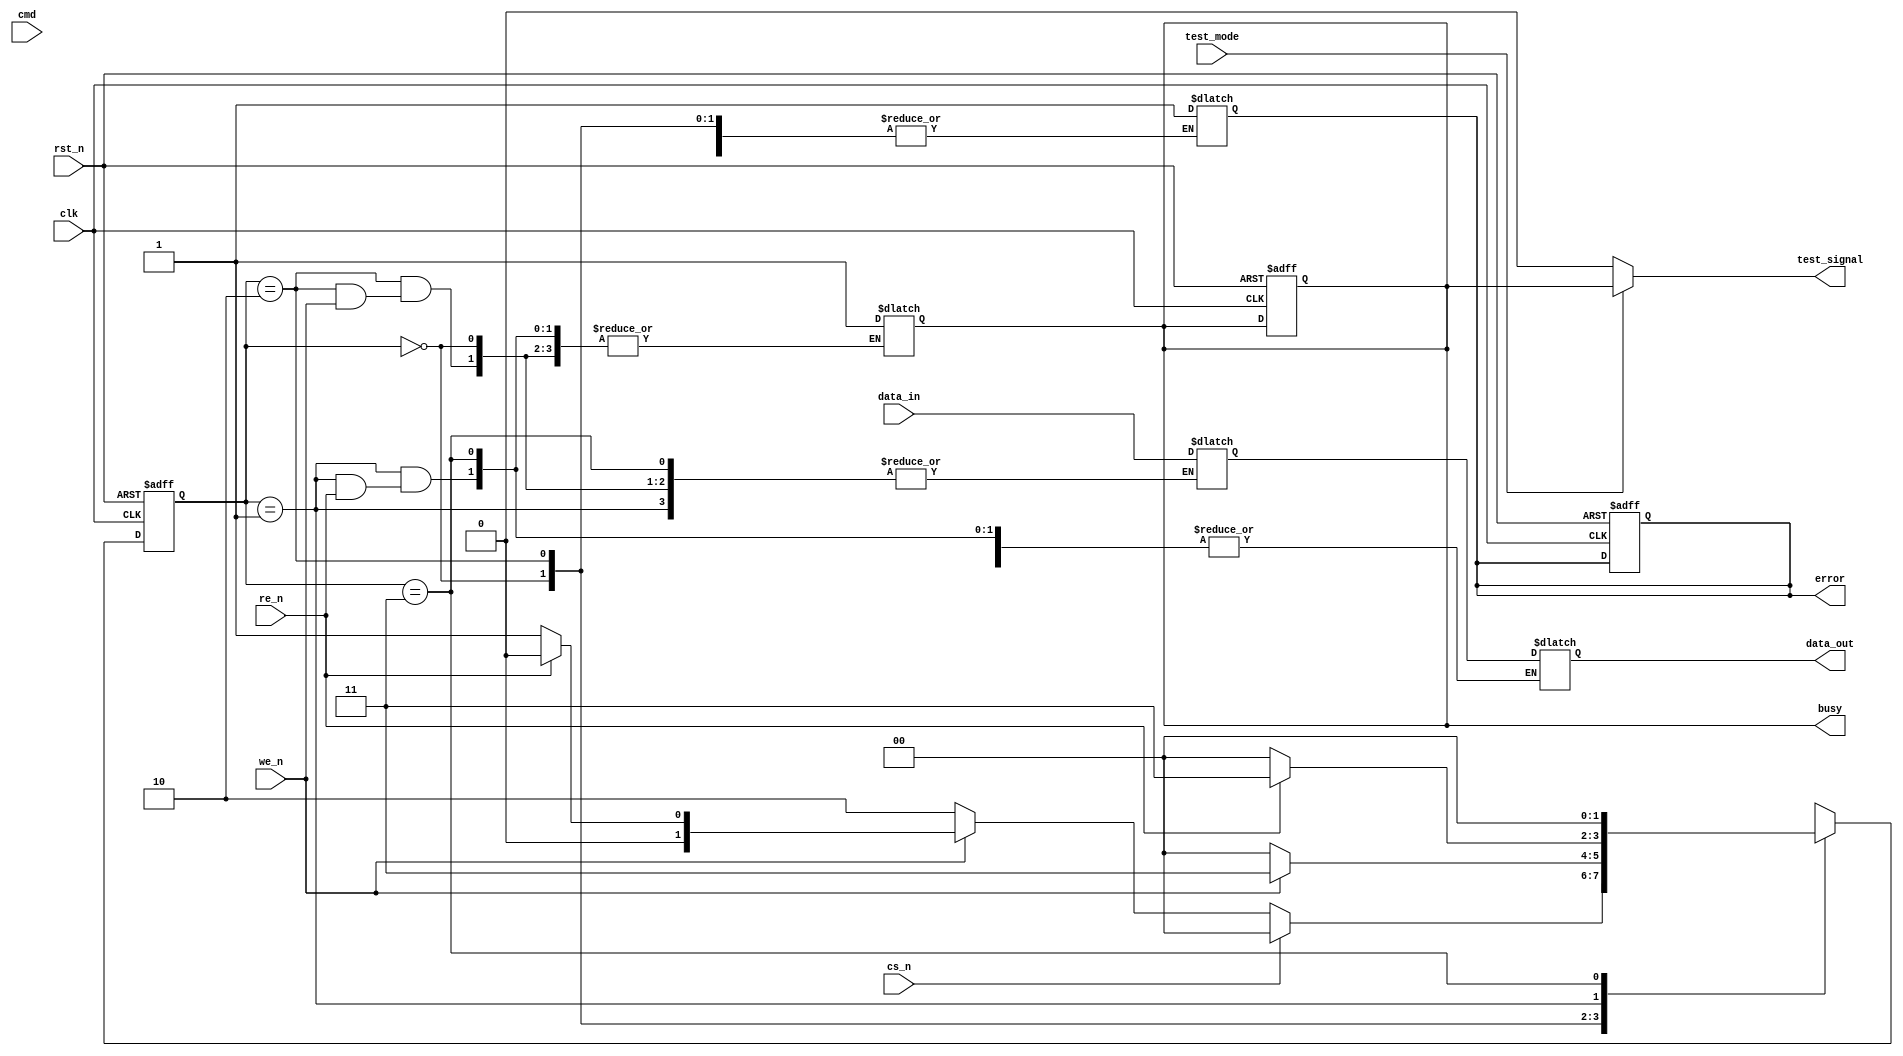
module nand_io_block (
    input wire clk,
    input wire rst_n,
    
    // NAND Flash Interface
    input wire [N-1:0] data_in,      // Data input from NAND flash
    output wire [N-1:0] data_out,     // Data output to NAND flash
    input wire cs_n,                  // Chip Select (active low)
    input wire we_n,                  // Write Enable (active low)
    input wire re_n,                  // Read Enable (active low)
    input wire cmd,                   // Command line
    
    // Status signals
    output reg busy,                  // Busy signal
    output reg error,                 // Error signal
    
    // Test Access Mechanism
    input wire test_mode,             // Test mode enable
    output wire test_signal           // Test signal for verification
);
    // Parameter Definitions
    parameter N = 8;                  // Number of data lines
    parameter IDLE = 2'b00;           // FSM states
    parameter READ = 2'b01;
    parameter WRITE = 2'b10;
    parameter ERROR = 2'b11;

    reg [1:0] state, next_state;      // FSM state registers
    reg [N-1:0] data_buffer;          // Data buffers for input/output
    reg level_shifted_signal;          // Placeholder for level shifting logic
    
    // State Machine
    always @(posedge clk or negedge rst_n) begin
        if (!rst_n) begin
            state <= IDLE;
            busy <= 1'b0;
            error <= 1'b0;
        end else begin
            state <= next_state;
        end
    end

    // Next State Logic
    always @(*) begin
        case (state)
            IDLE: begin
                if (!cs_n) begin
                    if (!we_n) begin
                        next_state = WRITE; // Transition to write
                    end else if (!re_n) begin
                        next_state = READ;  // Transition to read
                    end else begin
                        next_state = IDLE;  // Stay idle
                    end
                end else begin
                    next_state = IDLE; // Stay idle
                end
            end
            
            WRITE: begin
                if (!we_n) begin
                    data_buffer = data_in; // Capture data to buffer
                    busy = 1'b1;           // Set busy
                    next_state = IDLE;     // Transition back to idle
                end else begin
                    next_state = ERROR;    // Error handling
                end
            end
            
            READ: begin
                if (!re_n) begin
                    data_out = data_buffer; // Output data
                    busy = 1'b1;            // Set busy
                    next_state = IDLE;      // Transition back to idle
                end else begin
                    next_state = ERROR;     // Error handling
                end
            end
            
            ERROR: begin
                error = 1'b1;             // Set error flag
                next_state = IDLE;        // Transition back to idle
            end
        endcase
    end

    // Voltage Level Shifting Logic (Placeholder)
    always @(data_buffer) begin
        // Implement level shifting logic here
        level_shifted_signal = data_buffer; // Example, replace with actual logic
    end

    // Test Access Mechanism Logic (Placeholder)
    assign test_signal = test_mode ? busy : 1'b0; // Example logic for test mode

endmodule